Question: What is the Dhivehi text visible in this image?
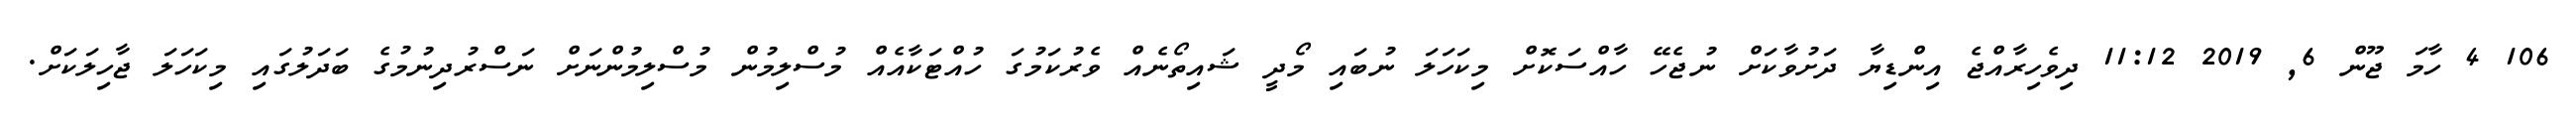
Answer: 106 4 ހާމަ ޖޫން 6, 2019 11:12 ދިވެހިރާއްޖެ އިންޑިޔާ ދަށުވާކަށް ނުޖެހޭ ހާއްސަކޮށް މިކަހަލަ ނުބައި މޯދީ ޝައިތޯނެއް ވެރުކަމުގަ ހުއްޓަކާއެއް މުސްލިމުން މުސްލިމުންނަށް ނަސްރުދިނުމުގެ ބަދަލުގައި މިކަހަލަ ޖާހިލަކަށް.